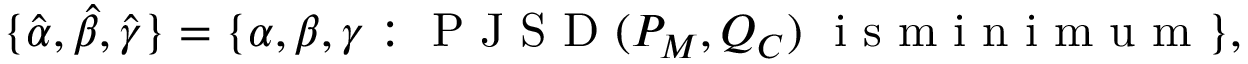
\{ \Hat { \alpha } , \Hat { \beta } , \Hat { \gamma } \} = \{ \alpha , \beta , \gamma : \mathrm { ~ P ~ J ~ S ~ D ~ } ( P _ { M } , Q _ { C } ) \, \, \mathrm { ~ i ~ s ~ m ~ i ~ n ~ i ~ m ~ u ~ m ~ } \} ,